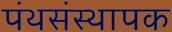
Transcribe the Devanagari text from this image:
पंथसंस्थापक